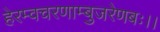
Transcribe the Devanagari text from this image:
हेरम्वचरणाम्बुजरेणबः।।